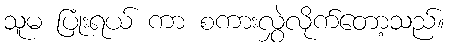
သူမ ပြုံးရယ် ကာ စကားလွှဲလိုက်တော့သည်။